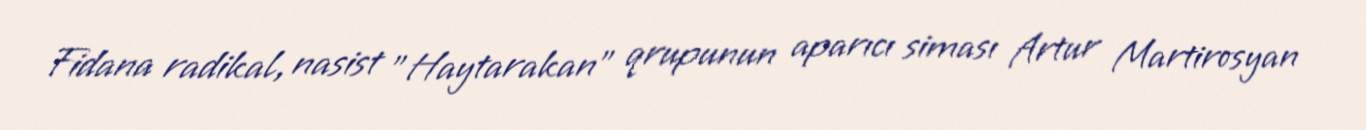
Fidana radikal, nasist "Haytarakan" qrupunun aparıcı siması Artur Martirosyan